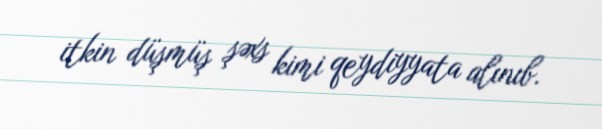
itkin düşmüş şəxs kimi qeydiyyata alınıb.